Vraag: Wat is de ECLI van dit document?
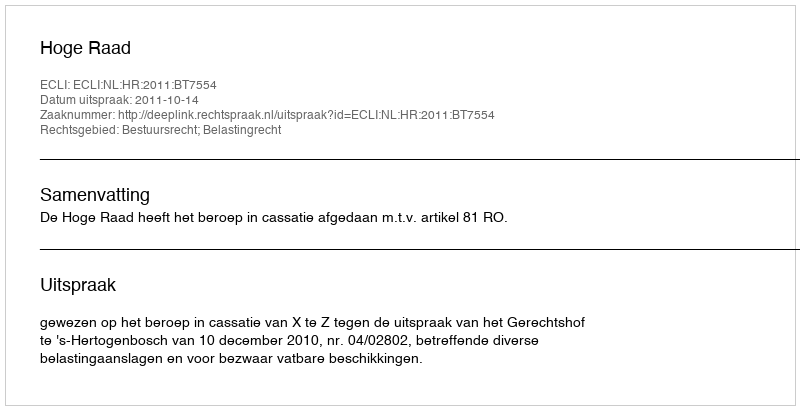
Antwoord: ECLI:NL:HR:2011:BT7554